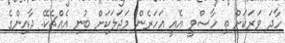
ހާދަ ވަރަކަށް ތި ހާސްވީ އެއީ އަހަރެން މަޖަލަކަށް ބުނި އެއްޗެކޭ. ދާއިންގެ